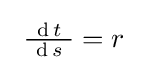
\ {\tfrac {\operatorname {d} t}{\ \operatorname {d} s\ }}=r\